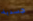
جسدية